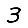
Digit: 3